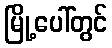
မြို့ပေါ်တွင်